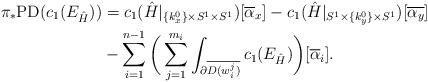
LaTeX: \begin{align*}\pi_*\mathrm{PD}(c_1(E_{\hat{H}}))&= c_1(\hat{H}|_{\{ k^0_x \} \times S^1 \times S^1}) [\overline{\alpha}_x]- c_1(\hat{H}|_{S^1 \times \{ k^0_y \} \times S^1}) [\overline{\alpha_y}] \\&-\sum_{i = 1}^{n-1}\bigg(\sum_{j = 1}^{m_i} \int_{\partial \overline{D(w_i^j)}} c_1(E_{\hat{H}})\bigg)[\overline{\alpha}_i].\end{align*}